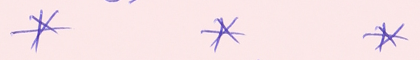
*		*		*